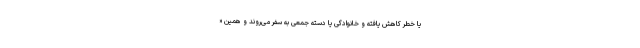
یا خطر کاهش یافته و خانوادگی یا دسته جمعی به سفر می‌روند و همین «